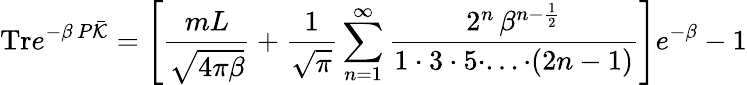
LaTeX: \mathrm{Tr}e^{-\beta\, P\bar{\cal K}}=\left[\frac{mL}{\sqrt{4\pi\beta}}+\frac{1}{\sqrt{\pi}}\sum_{n=1}^{\infty}\frac{2^{n}\, \beta^{n-\frac{1}{2}}}{1\cdot 3\cdot 5\cdot...\cdot(2n-1)}\right]e^{-\beta}-1